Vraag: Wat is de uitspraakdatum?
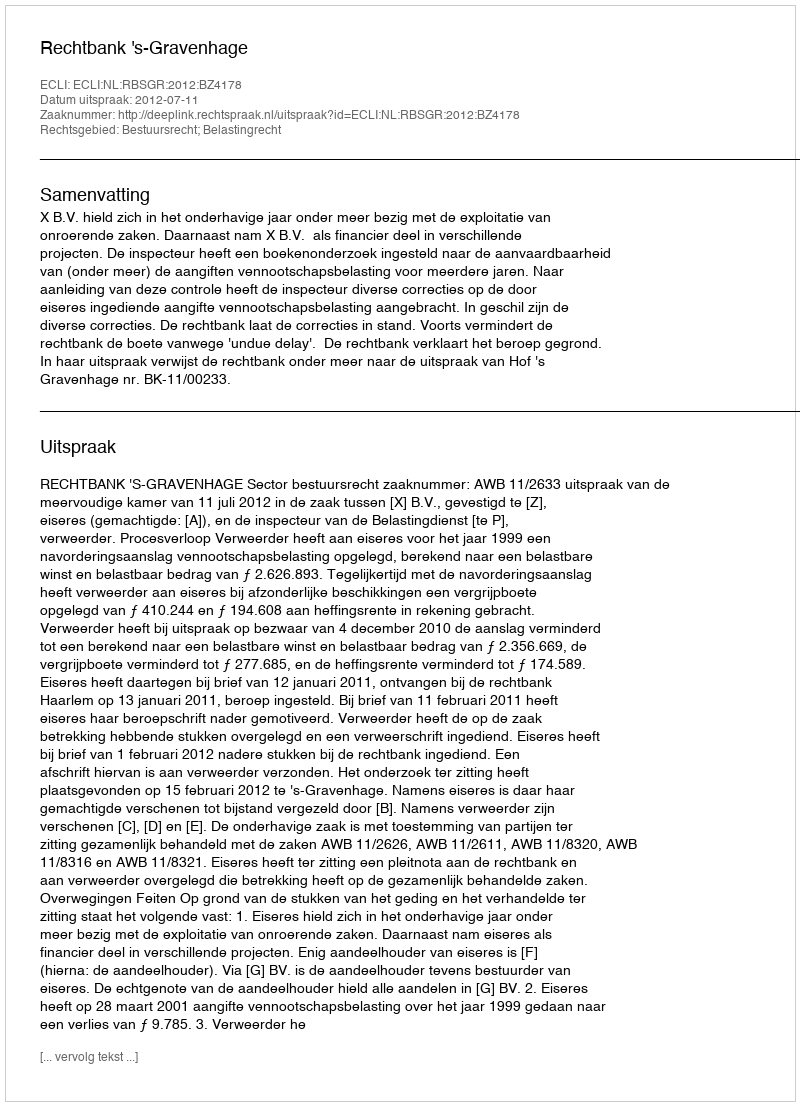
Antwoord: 2012-07-11